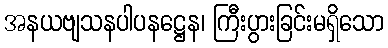
အနယဗျသနပါပနဋ္ဌေန၊ ကြီးပွားခြင်းမရှိသော